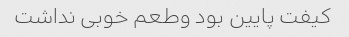
کیفت پایین بود وطعم خوبی نداشت